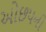
ઓછપની